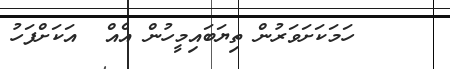
١٩     ހަމަކަށަވަރުން ތިޔަބައިމީހުން އެއް  އަކަށްފަހު